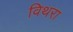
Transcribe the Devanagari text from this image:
विथरा